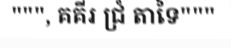
""", គគីរ ជ្រំ តាទៃ"""